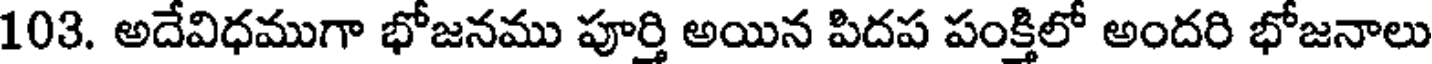
103. అదేవిధముగా భోజనము పూర్తి అయిన పిదప పంక్తిలో అందరి భోజనాలు